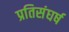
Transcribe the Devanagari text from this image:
प्रतिसंघर्ष